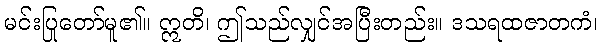
မင်းပြုတော်မူ၏။ ဣတိ၊ ဤသည်လျှင်အပြီးတည်း။ ဒသရထဇာတကံ၊